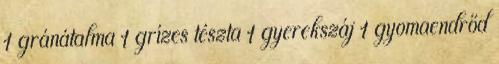
1 gránátalma 1 grízes tészta 1 gyerekszáj 1 gyomaendrőd